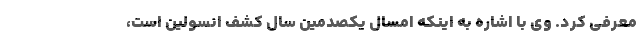
معرفی کرد. وی با اشاره به اینکه امسال یکصدمین سال کشف انسولین است،